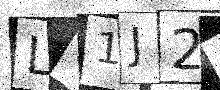
Text: L01J2K